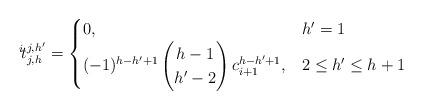
LaTeX: \begin{align*}{}^{i}\!t^{j,h'}_{j,h} =\begin{cases}0, & h'=1 \\(-1)^{h-h'+1}\left(\begin{matrix}h-1 \\ h'-2\end{matrix}\right) c_{i+1}^{h-h'+1},& 2\leq h'\leq h+1\end{cases}\end{align*}